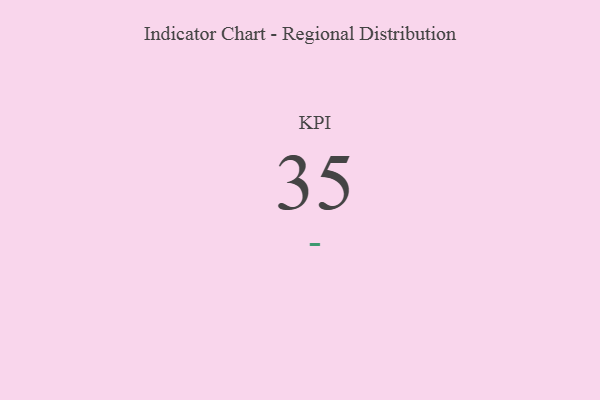
{"axis": {"x": "KPI", "y": "Value"}, "legend": [""], "data": [{"x": "KPI", "y": 35, "type": ""}]}